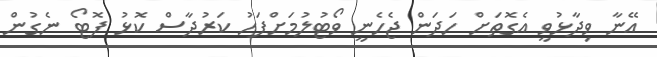
އޭނާ ވިދާޅުވީ އެގޮތަށް ހަދަން ޖެހެނީ ވޯޓުލުމަށްފަހު ކަރުދާސް ކޮޅު ފޮޓޯ ނެގުން